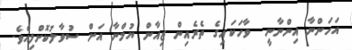
އަހަންނާ އިންނާނީ  ވާހަކައިގެ ތެރެއިން ޒިއާން ޔުމްނާ އަށް ސުވާލުކޮށްލިއެވެ.